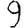
Digit: 9